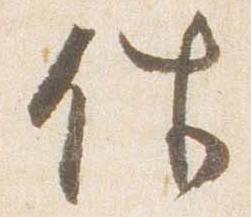
件